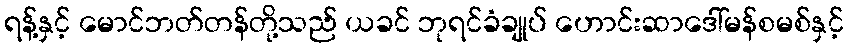
ရန့်နှင့် မောင်ဘတ်တန်တို့သည် ယခင် ဘုရင်ခံချုပ် ဟောင်းဆာဒေါ်မန်စမစ်နှင့်